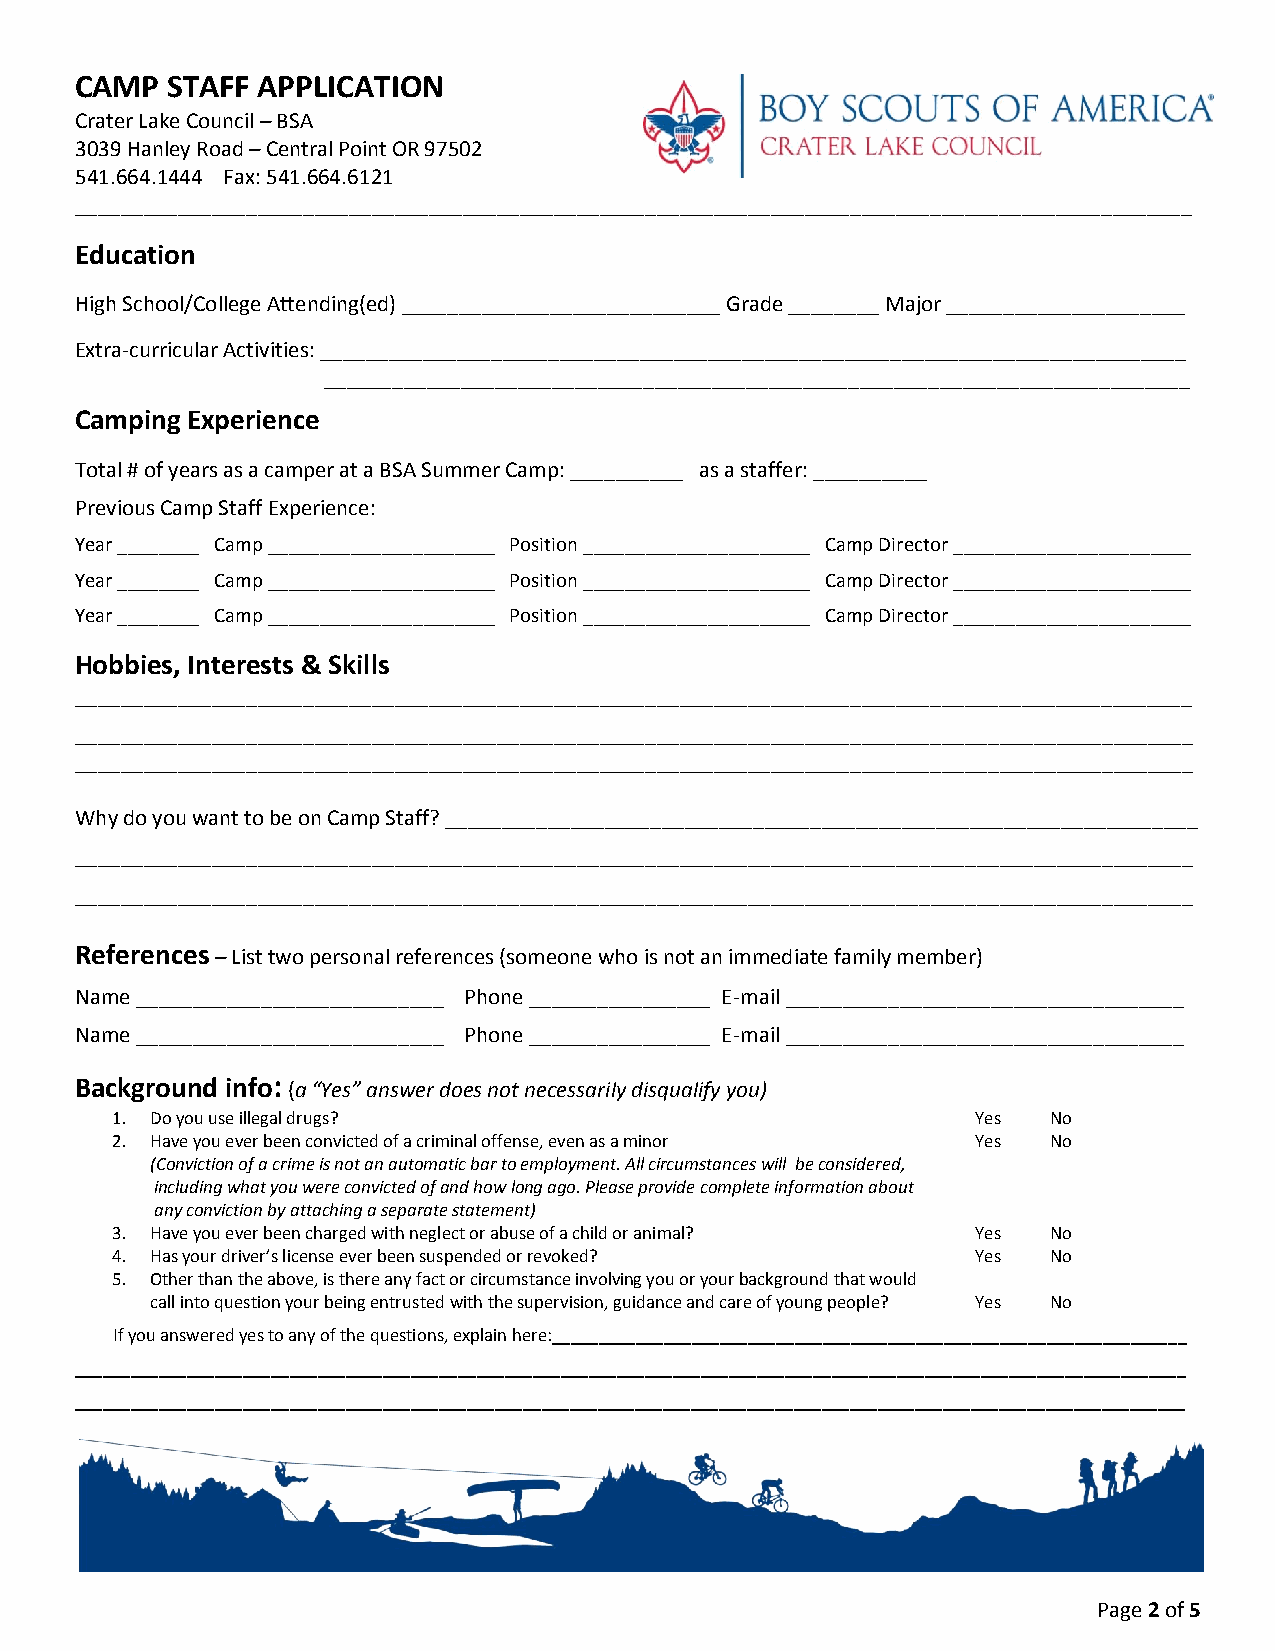
CAMP  STAFF APPLICATION
 Crater Lake Council – BSA
 3039 Hanley Road – Central Point OR 97502
 541.664.1444 Fax: 541.664.6121
 __________________________________________________________________________________________________
 Education
 High School/College Attending(ed) ____________________________ Grade ________ Major _____________________
 Extra-curricular Activities: ____________________________________________________________________________
 ____________________________________________________________________________
 Camping Experience
 Total # of years as a camper at a BSA Summer Camp: __________ as a staffer: __________
 Previous Camp Staff Experience:
 Year ________ Camp ______________________ Position ______________________ Camp Director _______________________
 Year ________ Camp ______________________ Position ______________________ Camp Director _______________________
 Year ________ Camp ______________________ Position ______________________ Camp Director _______________________
 Hobbies, Interests & Skills
 __________________________________________________________________________________________________
 __________________________________________________________________________________________________
 __________________________________________________________________________________________________
 Why do you want to be on Camp Staff? __________________________________________________________________
 __________________________________________________________________________________________________
 __________________________________________________________________________________________________
 References – List two personal references (someone who is not an immediate family member)
 Name ___________________________ Phone ________________ E-mail ___________________________________
 Name ___________________________ Phone ________________ E-mail ___________________________________
 Background info: (a “Yes” answer does not necessarily disqualify you)
 1. Do you use illegal drugs?                              Yes  No
 2. Have you ever been convicted of a criminal offense, even as a minor Yes No
 (Conviction of a crime is not an automatic bar to employment. All circumstances will be considered,
 including what you were convicted of and how long ago. Please provide complete information about
 any conviction by attaching a separate statement)
 3. Have you ever been charged with neglect or abuse of a child or animal? Yes No
 4. Has your driver’s license ever been suspended or revoked? Yes No
 5. Other than the above, is there any fact or circumstance involving you or your background that would
 call into question your being entrusted with the supervision, guidance and care of young people? Yes No
 If you answered yes to any of the questions, explain here:____________________________________________________________________
 _______________________________________________________________________________________________________________________
 _______________________________________________________________________________________________________________________
 Page 2 of 5